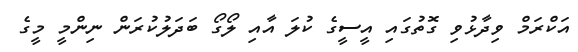
އަކްރަމް ވިދާޅުވި ގޮތުގައި އީސީގެ ކުލަ އާއި ލޯގޯ ބަދަލުކުރަން ނިންމީ މީގެ